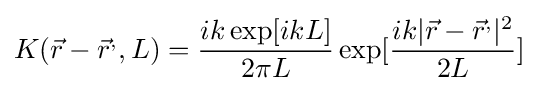
K({\vec {r}}-{\vec {r}}^{,},L)={\frac {ik\exp[ikL]}{2\pi L}}\exp[{\frac {ik|{\vec {r}}-{\vec {r}}^{,}|^{2}}{2L}}]